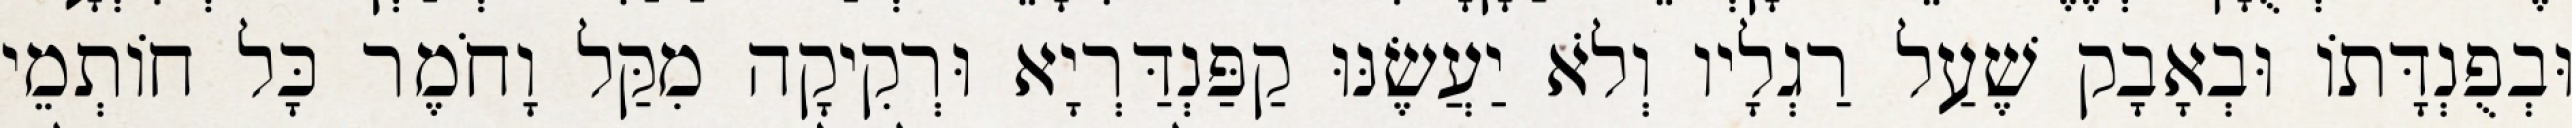
וּבְפֻנְדָּתוֹ וּבְאָבָק שֶׁעַל רַגְלָיו וְלֹא יַעֲשֶׂנּוּ קַפַּנְדַּרְיָא וּרְקִיקָה מִקַּל וָחֹמֶר כָּל חוֹתְמֵי